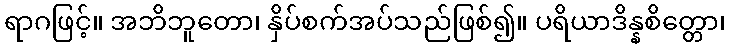
ရာဂဖြင့်။ အဘိဘူတော၊ နှိပ်စက်အပ်သည်ဖြစ်၍။ ပရိယာဒိန္နစိတ္တော၊